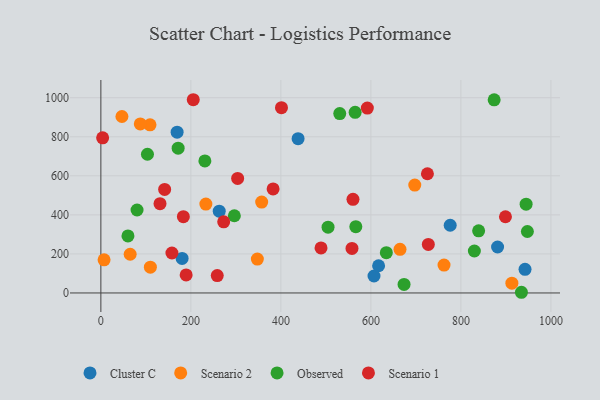
{"axis": {"x": "Price", "y": "Rating"}, "legend": ["Cluster C", "Observed", "Scenario 1", "Scenario 2"], "data": [{"x": "438.2", "y": 790.4, "type": "Cluster C"}, {"x": "263.0", "y": 419.0, "type": "Cluster C"}, {"x": "180.5", "y": 177.1, "type": "Cluster C"}, {"x": "776.2", "y": 346.7, "type": "Cluster C"}, {"x": "942.5", "y": 120.9, "type": "Cluster C"}, {"x": "606.9", "y": 86.8, "type": "Cluster C"}, {"x": "617.1", "y": 139.4, "type": "Cluster C"}, {"x": "881.5", "y": 235.4, "type": "Cluster C"}, {"x": "169.4", "y": 823.4, "type": "Cluster C"}, {"x": "109.2", "y": 861.3, "type": "Scenario 2"}, {"x": "357.3", "y": 465.3, "type": "Scenario 2"}, {"x": "697.5", "y": 552.7, "type": "Scenario 2"}, {"x": "87.6", "y": 866.0, "type": "Scenario 2"}, {"x": "110.0", "y": 131.9, "type": "Scenario 2"}, {"x": "7.1", "y": 169.8, "type": "Scenario 2"}, {"x": "233.3", "y": 455.3, "type": "Scenario 2"}, {"x": "347.7", "y": 173.7, "type": "Scenario 2"}, {"x": "913.3", "y": 49.9, "type": "Scenario 2"}, {"x": "762.5", "y": 142.8, "type": "Scenario 2"}, {"x": "65.1", "y": 198.4, "type": "Scenario 2"}, {"x": "664.7", "y": 223.7, "type": "Scenario 2"}, {"x": "46.8", "y": 903.8, "type": "Scenario 2"}, {"x": "530.8", "y": 918.9, "type": "Observed"}, {"x": "171.7", "y": 741.5, "type": "Observed"}, {"x": "947.7", "y": 314.9, "type": "Observed"}, {"x": "231.1", "y": 676.3, "type": "Observed"}, {"x": "873.9", "y": 989.3, "type": "Observed"}, {"x": "296.6", "y": 395.6, "type": "Observed"}, {"x": "634.3", "y": 206.2, "type": "Observed"}, {"x": "829.9", "y": 215.0, "type": "Observed"}, {"x": "80.4", "y": 425.0, "type": "Observed"}, {"x": "60.2", "y": 292.1, "type": "Observed"}, {"x": "673.7", "y": 43.8, "type": "Observed"}, {"x": "504.8", "y": 336.9, "type": "Observed"}, {"x": "566.5", "y": 339.6, "type": "Observed"}, {"x": "944.9", "y": 454.8, "type": "Observed"}, {"x": "565.0", "y": 925.4, "type": "Observed"}, {"x": "934.5", "y": 3.5, "type": "Observed"}, {"x": "839.4", "y": 318.2, "type": "Observed"}, {"x": "103.5", "y": 710.5, "type": "Observed"}, {"x": "157.9", "y": 204.7, "type": "Scenario 1"}, {"x": "725.6", "y": 610.6, "type": "Scenario 1"}, {"x": "558.0", "y": 228.2, "type": "Scenario 1"}, {"x": "189.5", "y": 92.4, "type": "Scenario 1"}, {"x": "272.9", "y": 364.3, "type": "Scenario 1"}, {"x": "560.2", "y": 479.7, "type": "Scenario 1"}, {"x": "141.7", "y": 530.1, "type": "Scenario 1"}, {"x": "303.9", "y": 586.9, "type": "Scenario 1"}, {"x": "382.7", "y": 533.1, "type": "Scenario 1"}, {"x": "899.0", "y": 390.3, "type": "Scenario 1"}, {"x": "727.6", "y": 248.4, "type": "Scenario 1"}, {"x": "489.2", "y": 230.8, "type": "Scenario 1"}, {"x": "183.3", "y": 391.0, "type": "Scenario 1"}, {"x": "592.1", "y": 946.9, "type": "Scenario 1"}, {"x": "258.6", "y": 89.0, "type": "Scenario 1"}, {"x": "131.4", "y": 457.4, "type": "Scenario 1"}, {"x": "205.3", "y": 989.8, "type": "Scenario 1"}, {"x": "401.3", "y": 949.1, "type": "Scenario 1"}, {"x": "3.9", "y": 794.4, "type": "Scenario 1"}]}